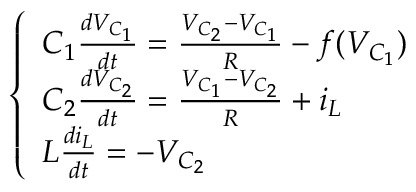
\left\{ \begin{array} { l l } { C _ { 1 } \frac { d V _ { C _ { 1 } } } { d t } = \frac { V _ { C _ { 2 } } - V _ { C _ { 1 } } } { R } - f ( V _ { C _ { 1 } } ) } \\ { C _ { 2 } \frac { d V _ { C _ { 2 } } } { d t } = \frac { V _ { C _ { 1 } } - V _ { C _ { 2 } } } { R } + i _ { L } } \\ { L \frac { d i _ { L } } { d t } = - V _ { C _ { 2 } } } \end{array} \right.